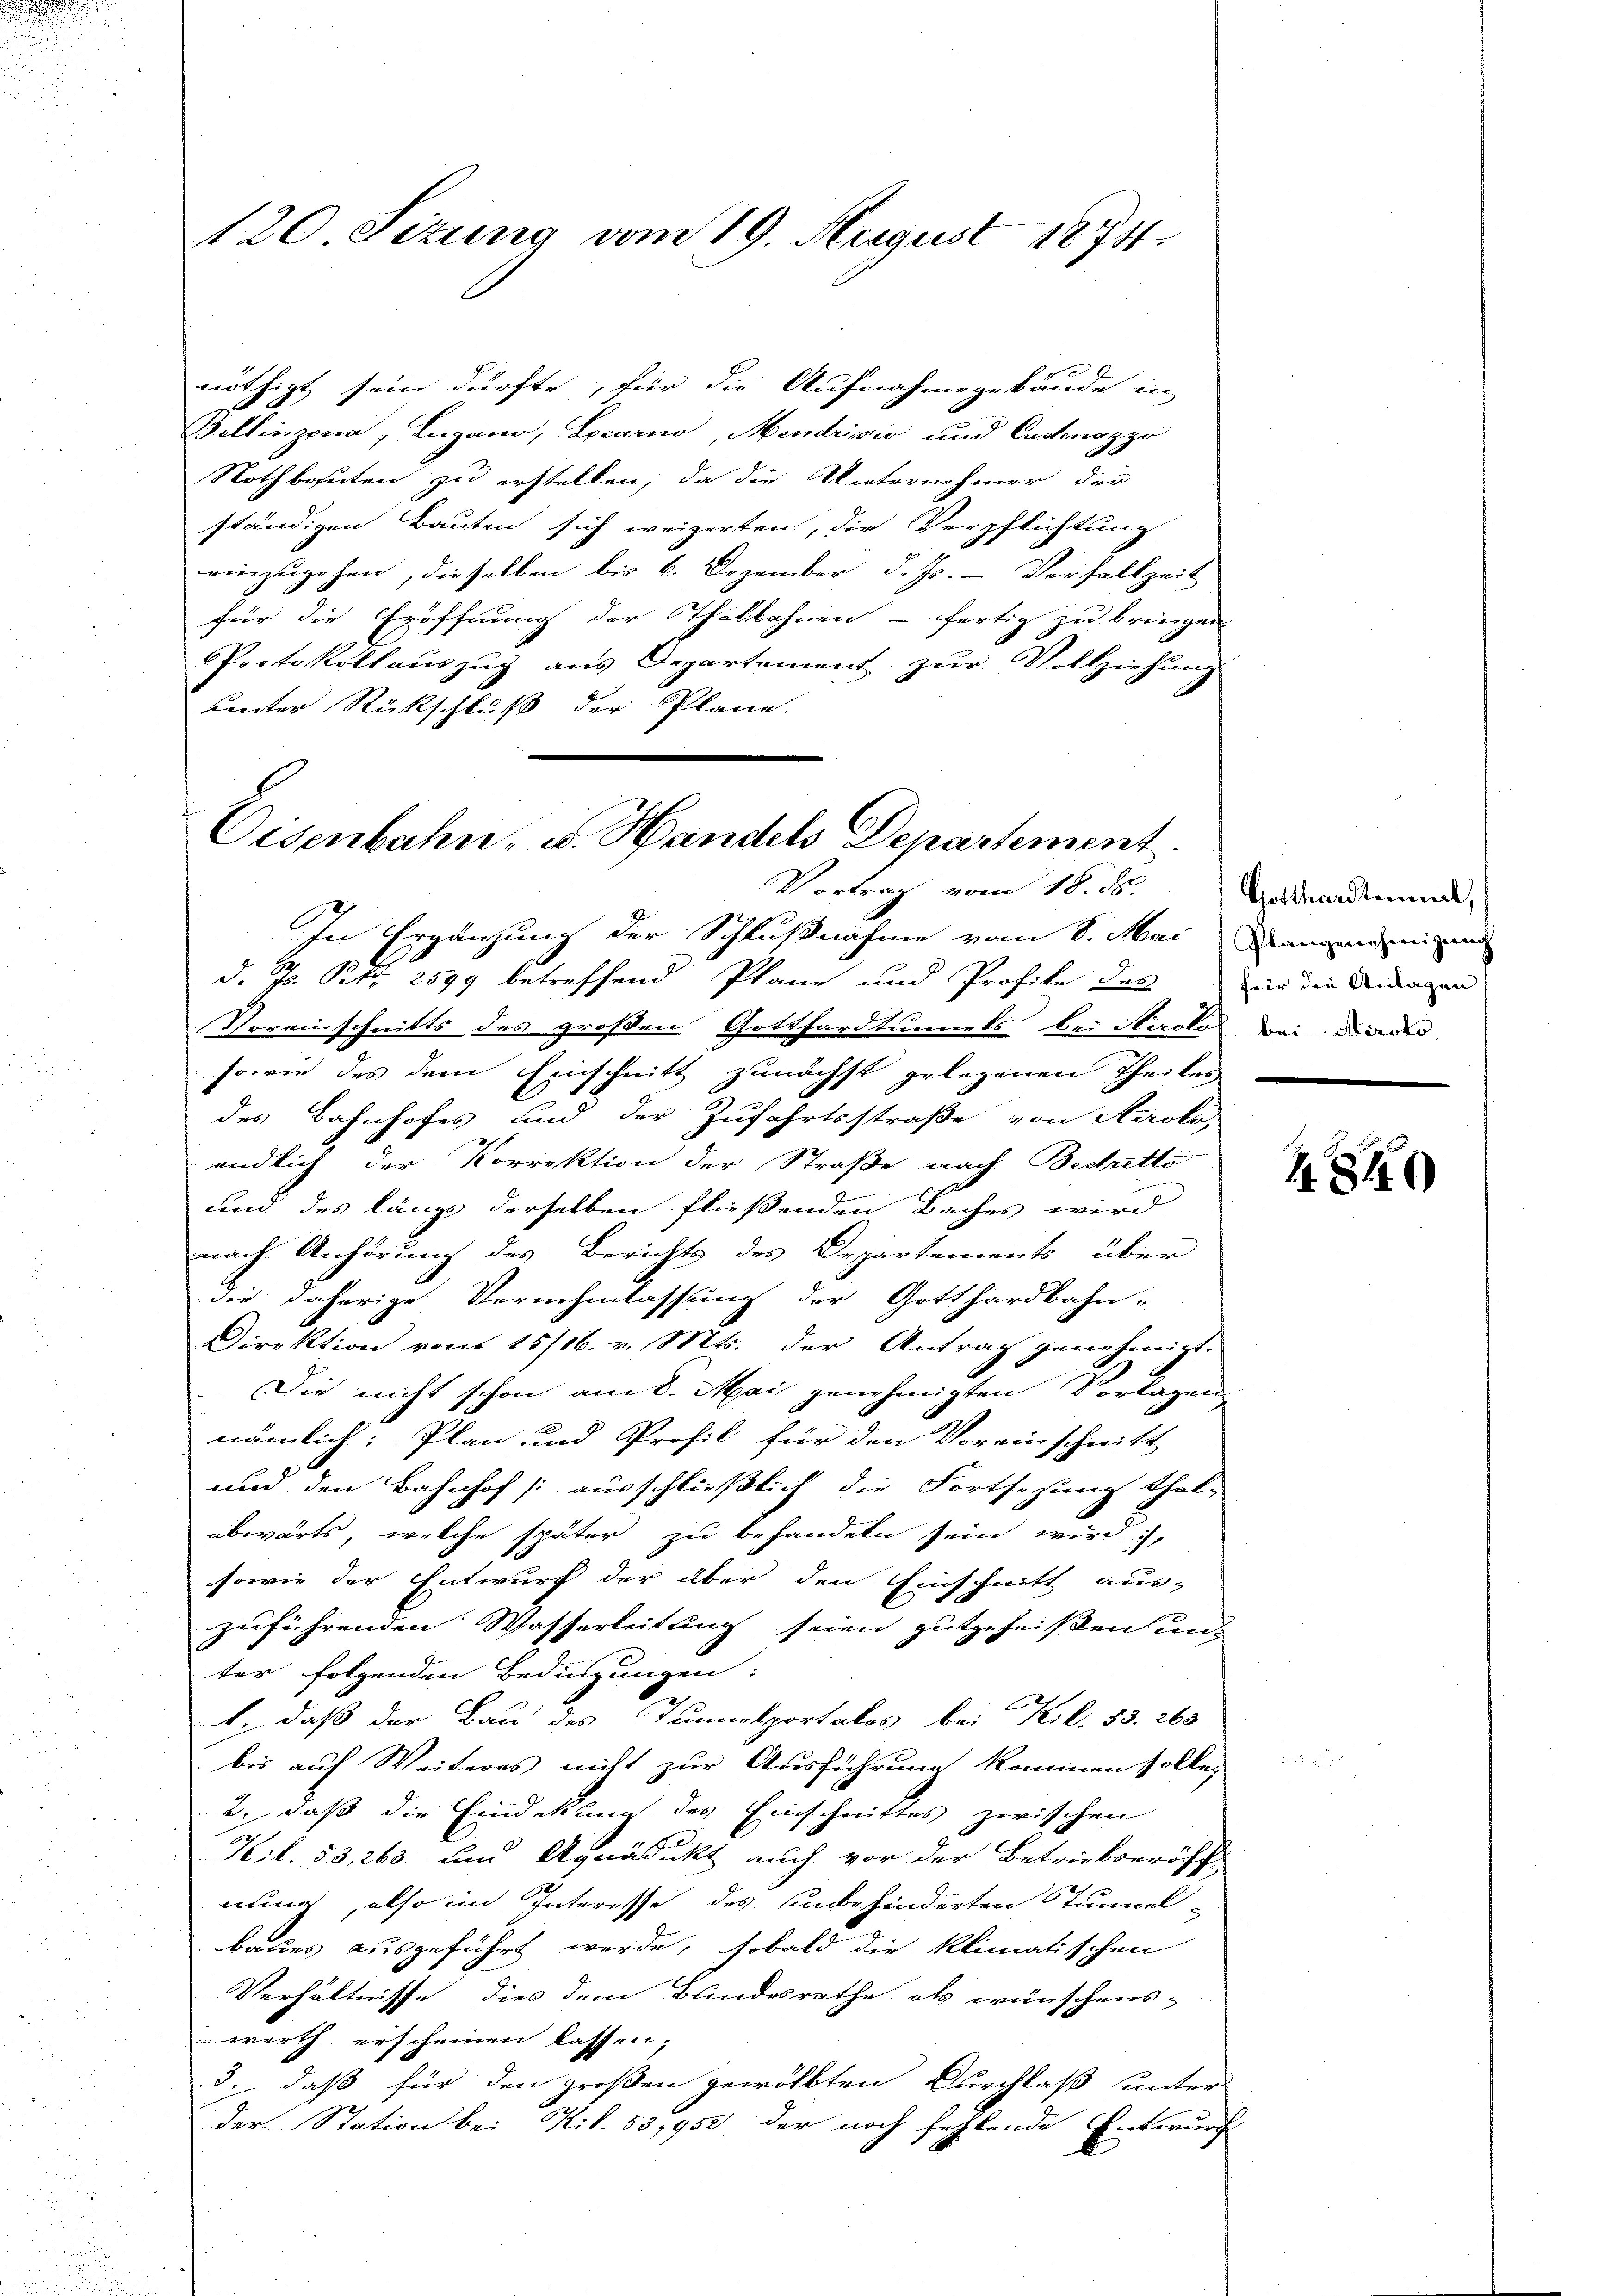
120. Sizung vom 19. August 1874

nöthigt sein dürfte, für die Aufnahmegebäude in
Bellinzona, Lugano, Locarno, Mendrisis und Cadenozzo
Nothbauten zu erstellen, da die Unternehmer der
ständigen Bauten sich weigerten, die Verpflichtung
einzugehen, dieselben bis 6. Dezember d. Js. - Vorfallzeit
für die Eröffnung der Thalbahnen - fertig zu bringen
Protokollauszug aus Departement zur Vollziehung
unter Rückschluß der Plane.

Eisenbahn, u. Handels Departement.
Vortrag vom 18. ds.

In Ergänzung der Schlußnahme vom 8. Mai dannige
d. 7. Sekr. 2599 betreffend Plane und Profite das in die Dingen
Voreinschnitts des großen Gotthardtunnels bei Airolo bei die
sowie des dem Einschnitt zunächst gelegenen Theilen
des Bahnhofes und der Zufahrtsstraße von Airolo,
endlich der Korrektion der Straße nach Bechette
und des längs derselben fließenden Baches wird
nach Anhörung des Berichts des Departements über
die daherige Vernehmlassung der Gotthardbahn-
Direktion von 15/16. v. Mts. der Antrag genehmigt.
Die nicht schon am 8. Mai genehmigten Vorlagen
nämlich; Plan und Profil für den Voreinschnitt
und den Bahnhof /: ausschließlich die Fortsesung that-
abwärts, welche später zu behandeln sein wird,
sowie der Entwurf der über den Einschnitt aus-
zuführenden Wasserleitung seien gutgeheißen unter folgenden Bedingungen:
2
, daß der Bau des Tunnelportales bei Kil. 53. 263
bis auf Weiteres nicht zur Ausführung kommen solle,
2., daß die Eindekung des Einschnittes zwischen
Kil. 53,263 und Agnädikt auch vor der Betriebseröff
nung, also im Interesse des unbehinderten Tunnel-
baues ausgeführt werde, sobald die klimatischen
Verhältnisse dies dem Bundesrathe als wünschens-
werth erscheinen lassen,
3., daß für den großen gewölbten Durchlaß unter
der Station bei Kit. 53,952 der noch fehlende Entwurf

Gotthardtenmal,

Z. 810